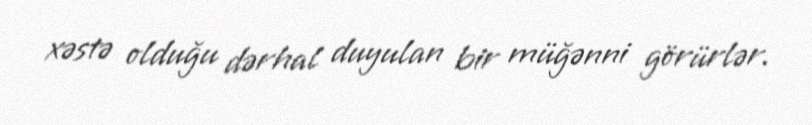
xəstə olduğu dərhal duyulan bir müğənni görürlər.